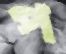
প